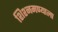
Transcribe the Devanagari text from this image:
शिश्नमण्याला